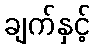
ချက်နှင့်